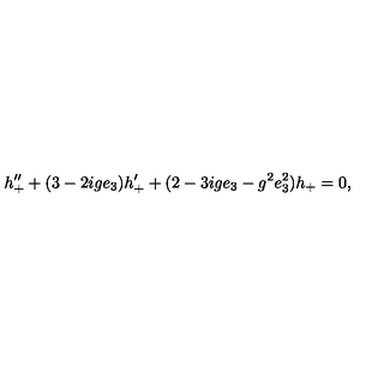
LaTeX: h _ { + } ^ { \prime \prime } + ( 3 - 2 i g e _ { 3 } ) h _ { + } ^ { \prime } + ( 2 - 3 i g e _ { 3 } - g ^ { 2 } e _ { 3 } ^ { 2 } ) h _ { + } = 0 ,